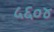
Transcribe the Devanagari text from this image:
५६०४